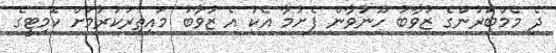
ދެ މެމްބަރުންގެ ޒުވާބު ހޫނުވާން ފެށުމާ އެކު އެ ޒުވާބު މައިތިރުކުރުމަށް ކޮމިޓީގެ